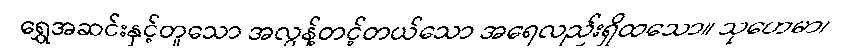
ရွှေအဆင်းနှင့်တူသော အလွန့်တင့်တယ်သော အရေလည်းရှိထသော။ သုဟေမာ၊